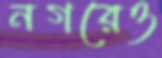
নগরেও